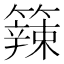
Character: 𥶁